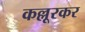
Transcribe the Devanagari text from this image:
कल्लूरकर